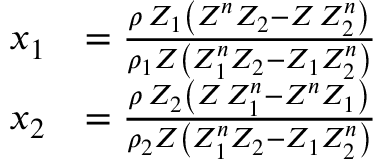
\begin{array} { r l } { x _ { 1 } } & { = \frac { \rho \, Z _ { 1 } \left( Z ^ { n } Z _ { 2 } - Z \, Z _ { 2 } ^ { n } \right) } { \rho _ { 1 } Z \left( Z _ { 1 } ^ { n } Z _ { 2 } - Z _ { 1 } Z _ { 2 } ^ { n } \right) } } \\ { x _ { 2 } } & { = \frac { \rho \, Z _ { 2 } \left( Z \, Z _ { 1 } ^ { n } - Z ^ { n } Z _ { 1 } \right) } { \rho _ { 2 } Z \left( Z _ { 1 } ^ { n } Z _ { 2 } - Z _ { 1 } Z _ { 2 } ^ { n } \right) } } \end{array}